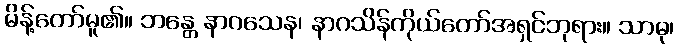
မိန့်တော်မူ၏။ ဘန္တေ နာဂသေန၊ နာဂသိန်ကိုယ်တော်အရှင်ဘုရား။ သာဓု၊